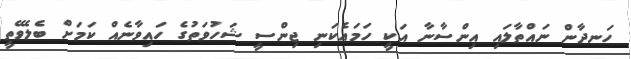
ހަނދާން ނައްތާލައި އިންސާނާ އަކީ ހަމައެކަނި ޖިންސީ ޝަހުވަތުގެ ހައިވާނެއް ކަމަށް ބެލެވޭތީ